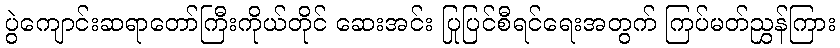
ပွဲကျောင်းဆရာတော်ကြီးကိုယ်တိုင် ဆေးအင်း ပြုပြင်စီရင်ရေးအတွက် ကြပ်မတ်ညွှန်ကြား